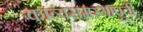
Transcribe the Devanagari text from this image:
काव्यसमस्यापूर्ती